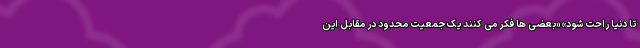
تا دنیا راحت شود» «بعضی ها فکر می کنند یک جمعیت محدود در مقابل این